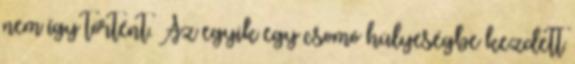
nem így történt. Az egyik egy csomó hülyeségbe kezdett